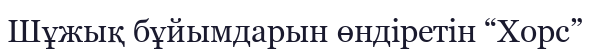
Шұжық бұйымдарын өндіретін “Хорс”